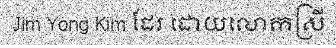
Jim Yong Kim ដែរ ដោយលោកស្រី